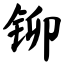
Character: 铆